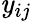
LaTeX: \mathit{y}_{ij}